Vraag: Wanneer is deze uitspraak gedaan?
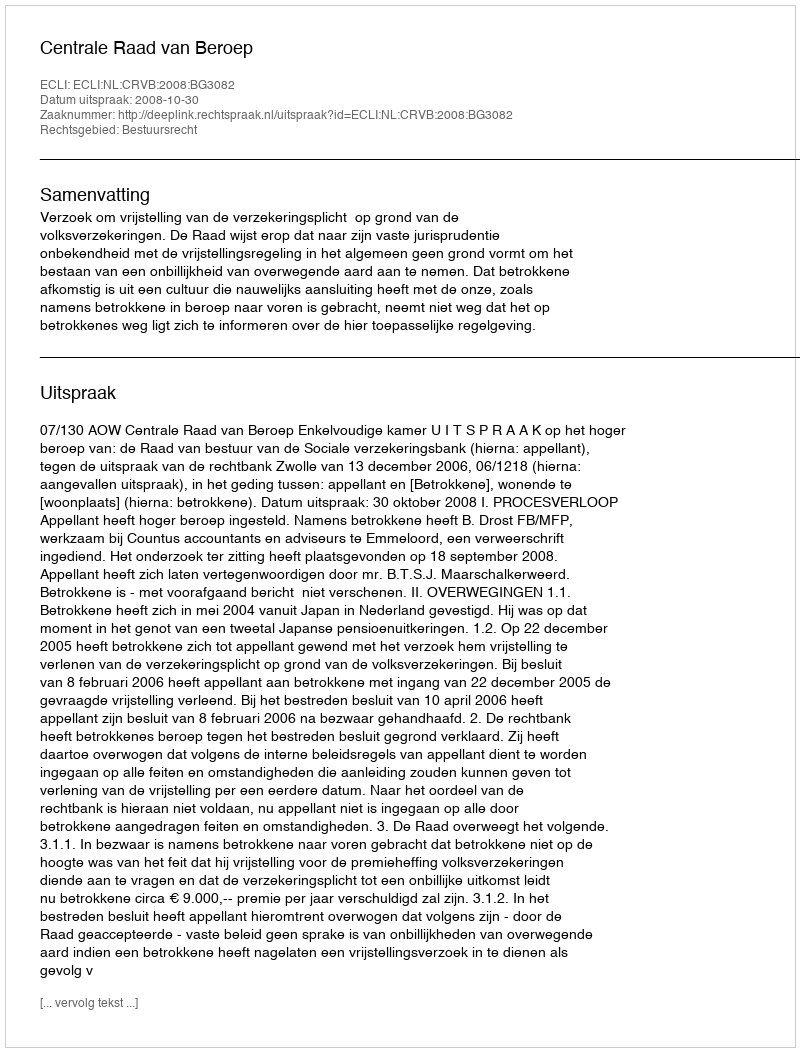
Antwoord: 2008-10-30